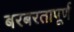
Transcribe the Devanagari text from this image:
बरबरतापूर्ण